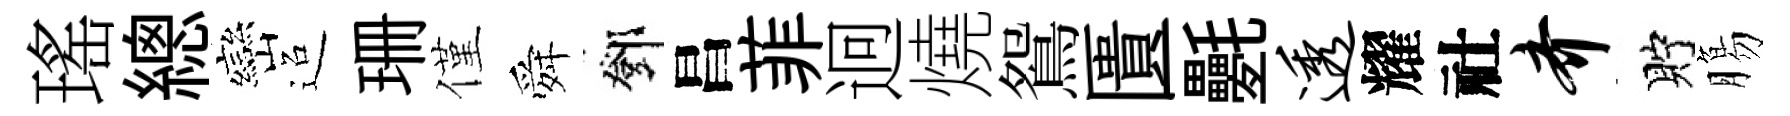
瑤總巒迢珊僅舜鄧昌菲迥燒鴛匱氎透耀社齐貯膓